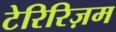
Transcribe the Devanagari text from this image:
टेरिरिज़म